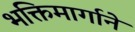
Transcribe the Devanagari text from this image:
भक्तिमार्गाने